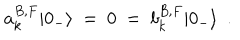
LaTeX: a _ { k } ^ { B , F } | 0 _ { - } \rangle ~ = ~ 0 ~ = ~ b _ { k } ^ { B , F } | 0 _ { - } \rangle ~ ~ .